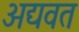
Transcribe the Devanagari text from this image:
अद्यवत